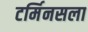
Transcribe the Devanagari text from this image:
टर्मिनसला